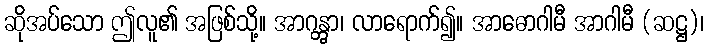
ဆိုအပ်သော ဤလူ၏ အဖြစ်သို့။ အာဂန္တွာ၊ လာရောက်၍။ အာဓောဂါမီ အာဂါမီ (ဆဋ္ဌ)၊